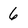
Character: 6